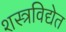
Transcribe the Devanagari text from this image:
शस्त्रविद्येत